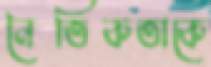
নৈতিকতাকে